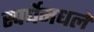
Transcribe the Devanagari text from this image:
स्पर्धेमधले